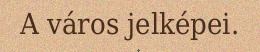
A város jelképei.